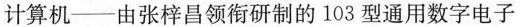
计算机——由张梓昌领衔研制的103型通用数字电子